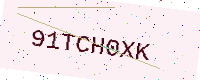
Text: 91TCH0XK